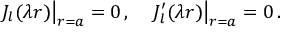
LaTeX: \left. J _ { l } ( \lambda r ) \right| _ { r = a } = 0 \, { , } \quad \left. J _ { l } ^ { \prime } ( \lambda r ) \right| _ { r = a } = 0 \, { . }